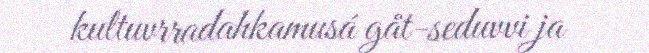
kultuvrradahkamusá gåt-seduvvi ja